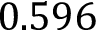
0 . 5 9 6